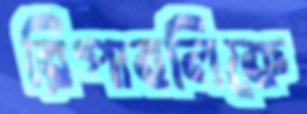
রিপাবলিকে